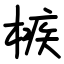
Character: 槉